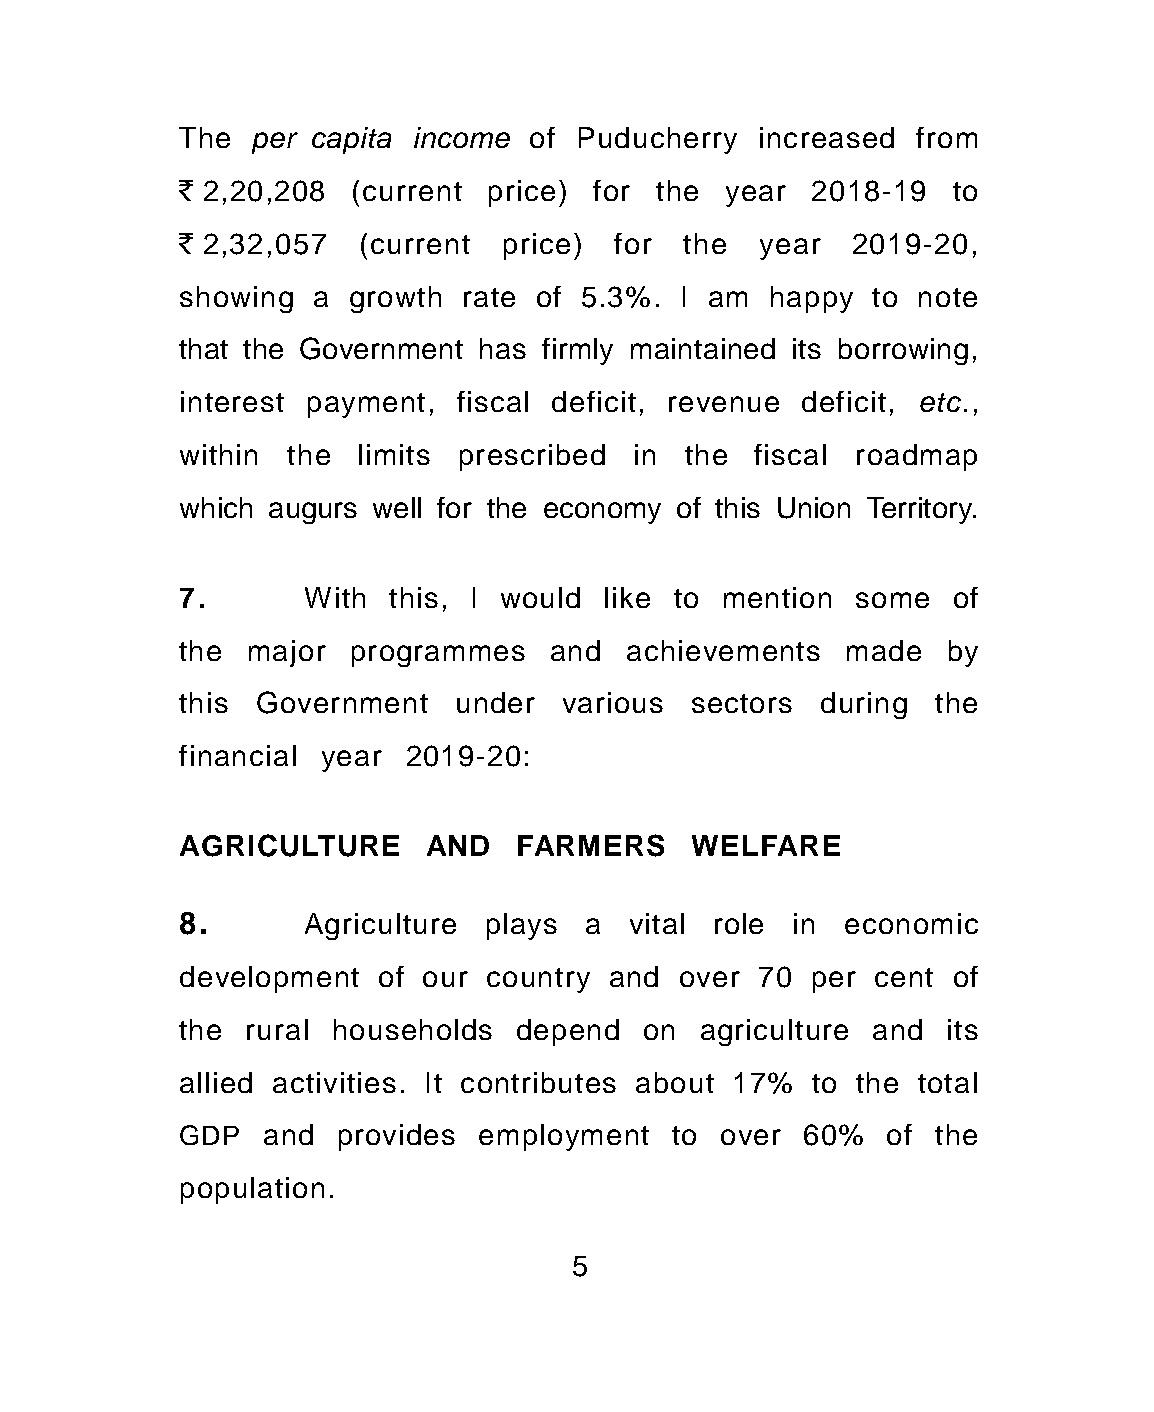
The per capita income  of Puducherry  increased  from
 ` 2,20,208 (current price) for the  year  2018-19  to
 ` 2,32,057  (current price)  for the  year  2019-20,
 showing  a growth rate of 5.3%.  I am  happy  to note
 that the Government has firmly maintained its borrowing,
 interest payment, fiscal deficit, revenue deficit, etc.,
 within the  limits prescribed in the  fiscal roadmap
 which augurs well for the economy of this Union Territory.
 7.      With  this, I would like to mention some   of
 the major  programmes   and  achievements   made   by
 this Government   under  various  sectors during  the
 financial year 2019-20:
 AGRICULTURE     AND   FARMERS     WELFARE
 8.      Agriculture plays  a vital role in  economic
 development  of our country and  over 70  per cent of
 the rural households  depend  on  agriculture and  its
 allied activities. It contributes about 17% to the total
 GDP  and  provides  employment  to  over 60%   of the
 population.
 5